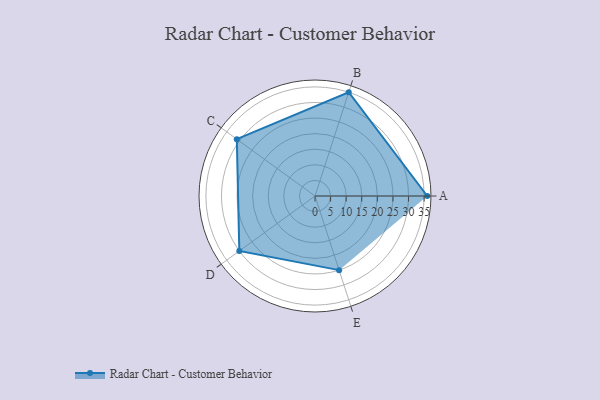
{"axis": {"x": "Skill", "y": "Score"}, "legend": ["Profile"], "data": [{"x": "A", "y": 36.0, "type": "Profile"}, {"x": "B", "y": 35.0, "type": "Profile"}, {"x": "C", "y": 31.0, "type": "Profile"}, {"x": "D", "y": 30.0, "type": "Profile"}, {"x": "E", "y": 25.0, "type": "Profile"}]}